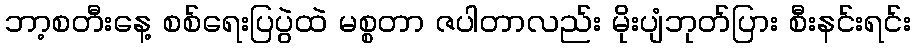
ဘာ့စတီးနေ့ စစ်ရေးပြပွဲထဲ မစ္စတာ ဇပါတာလည်း မိုးပျံဘုတ်ပြား စီးနင်းရင်း